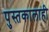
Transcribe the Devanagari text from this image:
पुस्तकालाही